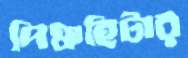
পিঞ্চহিটার